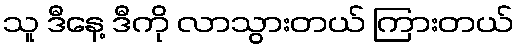
သူ ဒီနေ့ ဒီကို လာသွားတယ် ကြားတယ်